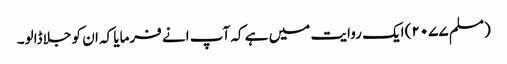
(مسلم ۲۰۷۷) ایک روایت میں ہے کہ آپ انے فرمایا کہ ان کو جلا ڈالو۔